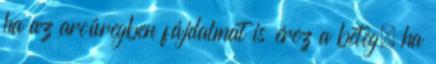
ha az arcüregben fájdalmat is érez a beteg, ha